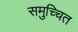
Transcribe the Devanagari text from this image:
समुच्चित